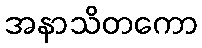
အနာသိတကော